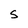
Character: S